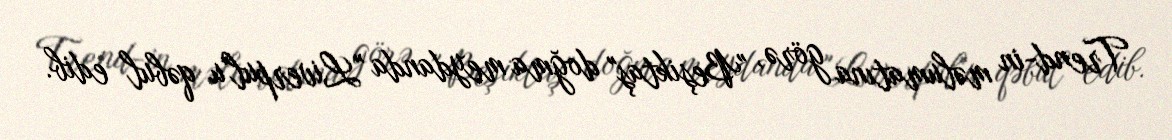
Trend-in məlumatına görə, "Beşiktaş" doğma meydanda "Liverpul"u qəbul edib.